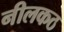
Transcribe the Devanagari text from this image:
नीलकठ